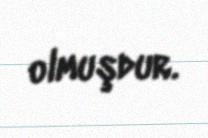
olmuşdur.